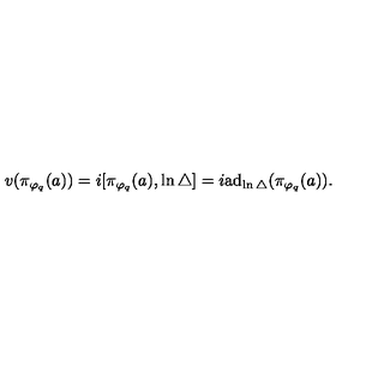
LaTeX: v ( \pi _ { \varphi _ { q } } ( a ) ) = i [ \pi _ { \varphi _ { q } } ( a ) , \ln \bigtriangleup ] = i \mathrm { a } \mathrm { d } _ { \ln \bigtriangleup } ( \pi _ { \varphi _ { q } } ( a ) ) .